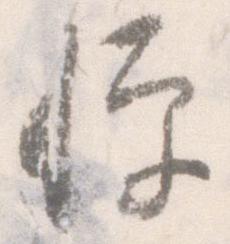
憚